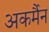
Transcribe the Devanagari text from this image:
अकर्मैन